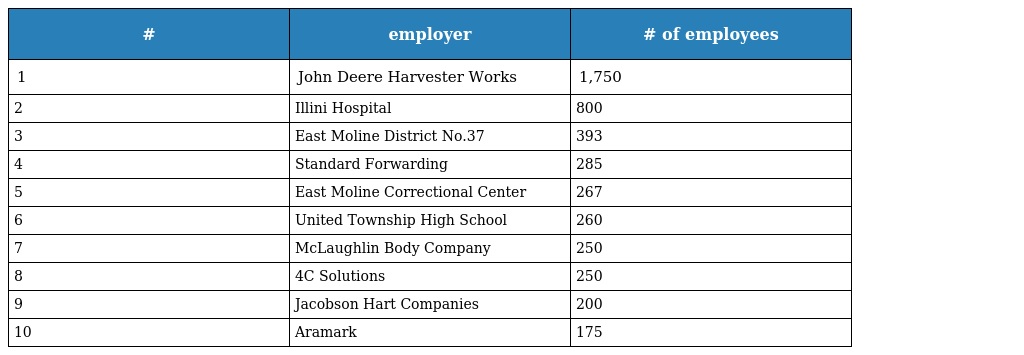
| # | employer | # of employees |
 | --- | --- | --- |
 | 1 | John Deere Harvester Works | 1,750 |
 | 2 | Illini Hospital | 800 |
 | 3 | East Moline District No.37 | 393 |
 | 4 | Standard Forwarding | 285 |
 | 5 | East Moline Correctional Center | 267 |
 | 6 | United Township High School | 260 |
 | 7 | McLaughlin Body Company | 250 |
 | 8 | 4C Solutions | 250 |
 | 9 | Jacobson Hart Companies | 200 |
 | 10 | Aramark | 175 |